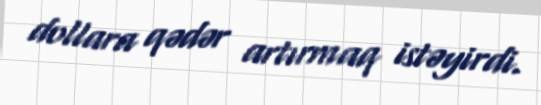
dollara qədər artırmaq istəyirdi.